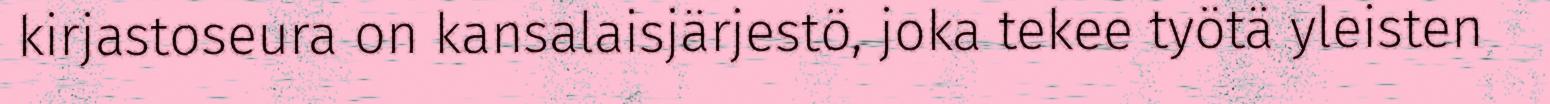
kirjastoseura on kansalaisjärjestö, joka tekee työtä yleisten